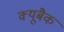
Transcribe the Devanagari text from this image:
क्यूबैक